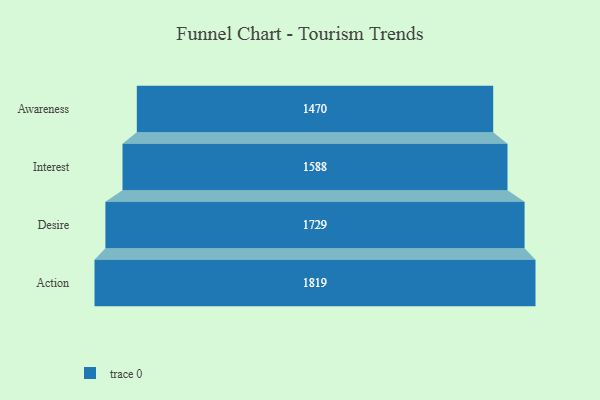
{"axis": {"x": "Stage", "y": "Value"}, "legend": [""], "data": [{"x": "Awareness", "y": 1470.0, "type": ""}, {"x": "Interest", "y": 1588.0, "type": ""}, {"x": "Desire", "y": 1729.0, "type": ""}, {"x": "Action", "y": 1819.0, "type": ""}]}